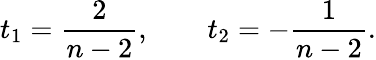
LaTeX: t_{1}={\frac{2}{n-2}},\qquad t_{2}=-{\frac{1}{n-2}}.